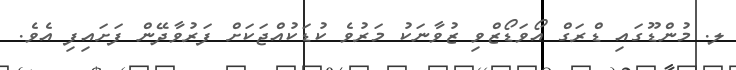
ލ. މުންޑޫގައި ޑްރަގް އޯވަޑޯޒްވި ޒުވާނަކު މަރުވެ ކުޑަކުއްޖަކަށް ފަރުވާދޭން ފަށައިފި އެވެ.